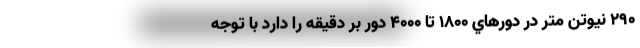
290 نيوتن متر در دورهاي 1800 تا 4000 دور بر دقيقه را دارد با توجه